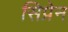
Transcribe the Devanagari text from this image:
सिप्रेन